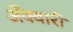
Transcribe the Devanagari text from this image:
अँक्वारी